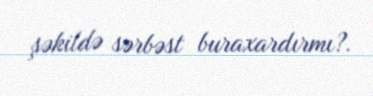
şəkildə sərbəst buraxardırmı?.